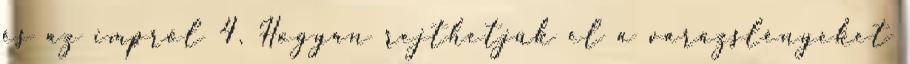
és az impről 4. Hogyan rejthetjük el a varázslényeket